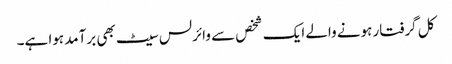
کل گرفتار ہونے والے ایک شخص سے وائرلس سیٹ بھی برآمد ہوا ہے۔